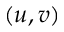
( u , v )